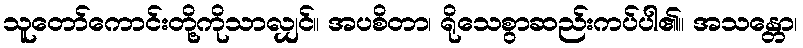
သူတော်ကောင်းတို့ကိုသာလျှင်။ အပစိတာ၊ ရိုသေစွာဆည်းကပ်ပါ၏။ အသန္တော၊